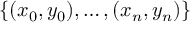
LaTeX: \{ ( x _ { 0 } , y _ { 0 } ) , \dotsc , ( x _ { n } , y _ { n } ) \}